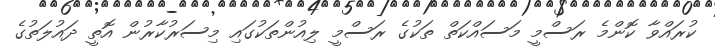
ކުރައްވާ ކޮންމެ ރަސްމީ މަސައްކަތް ތަކުގެ ރަސްމީ ލިއުންތަކުގައި މިސަރުކާރުން އޮތީ ދައުލަތުގެ